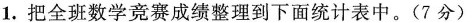
1.把全班数学竞赛成绩整理到下面统计表中。(7分)